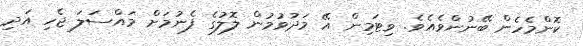
ކޮންމެހެން ބޭނުންވެއެވެ. ވިޓަމިން އޭ މަދުވުމުން ލޮލުގެ ފެނުމަށް މައްސަލަ ޖެހި އަދި